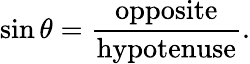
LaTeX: \sin\theta={\frac{\mathrm{opposite}}{\mathrm{hypotenuse}}}.